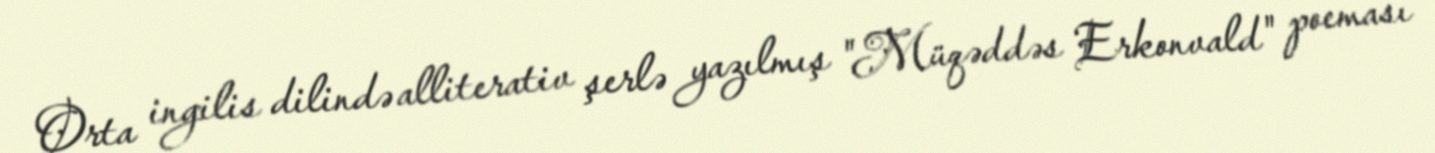
Orta ingilis dilində alliterativ şerlə yazılmış "Müqəddəs Erkonvald" poeması